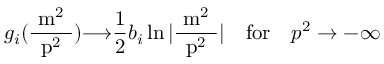
g _ { i } ( \mathrm { \frac { ~ m ^ { 2 } ~ } { ~ p ^ { 2 } ~ } } ) { \longrightarrow } \frac 1 2 b _ { i } \ln | \mathrm { \frac { ~ m ^ { 2 } ~ } { ~ p ^ { 2 } ~ } } | \quad \mathrm { f o r } \quad p ^ { 2 } \to - \infty